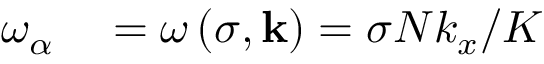
\begin{array} { r l } { \omega _ { \alpha } } & { { } = \omega \left( \sigma , \mathbf { k } \right) = \sigma N k _ { x } / K } \end{array}